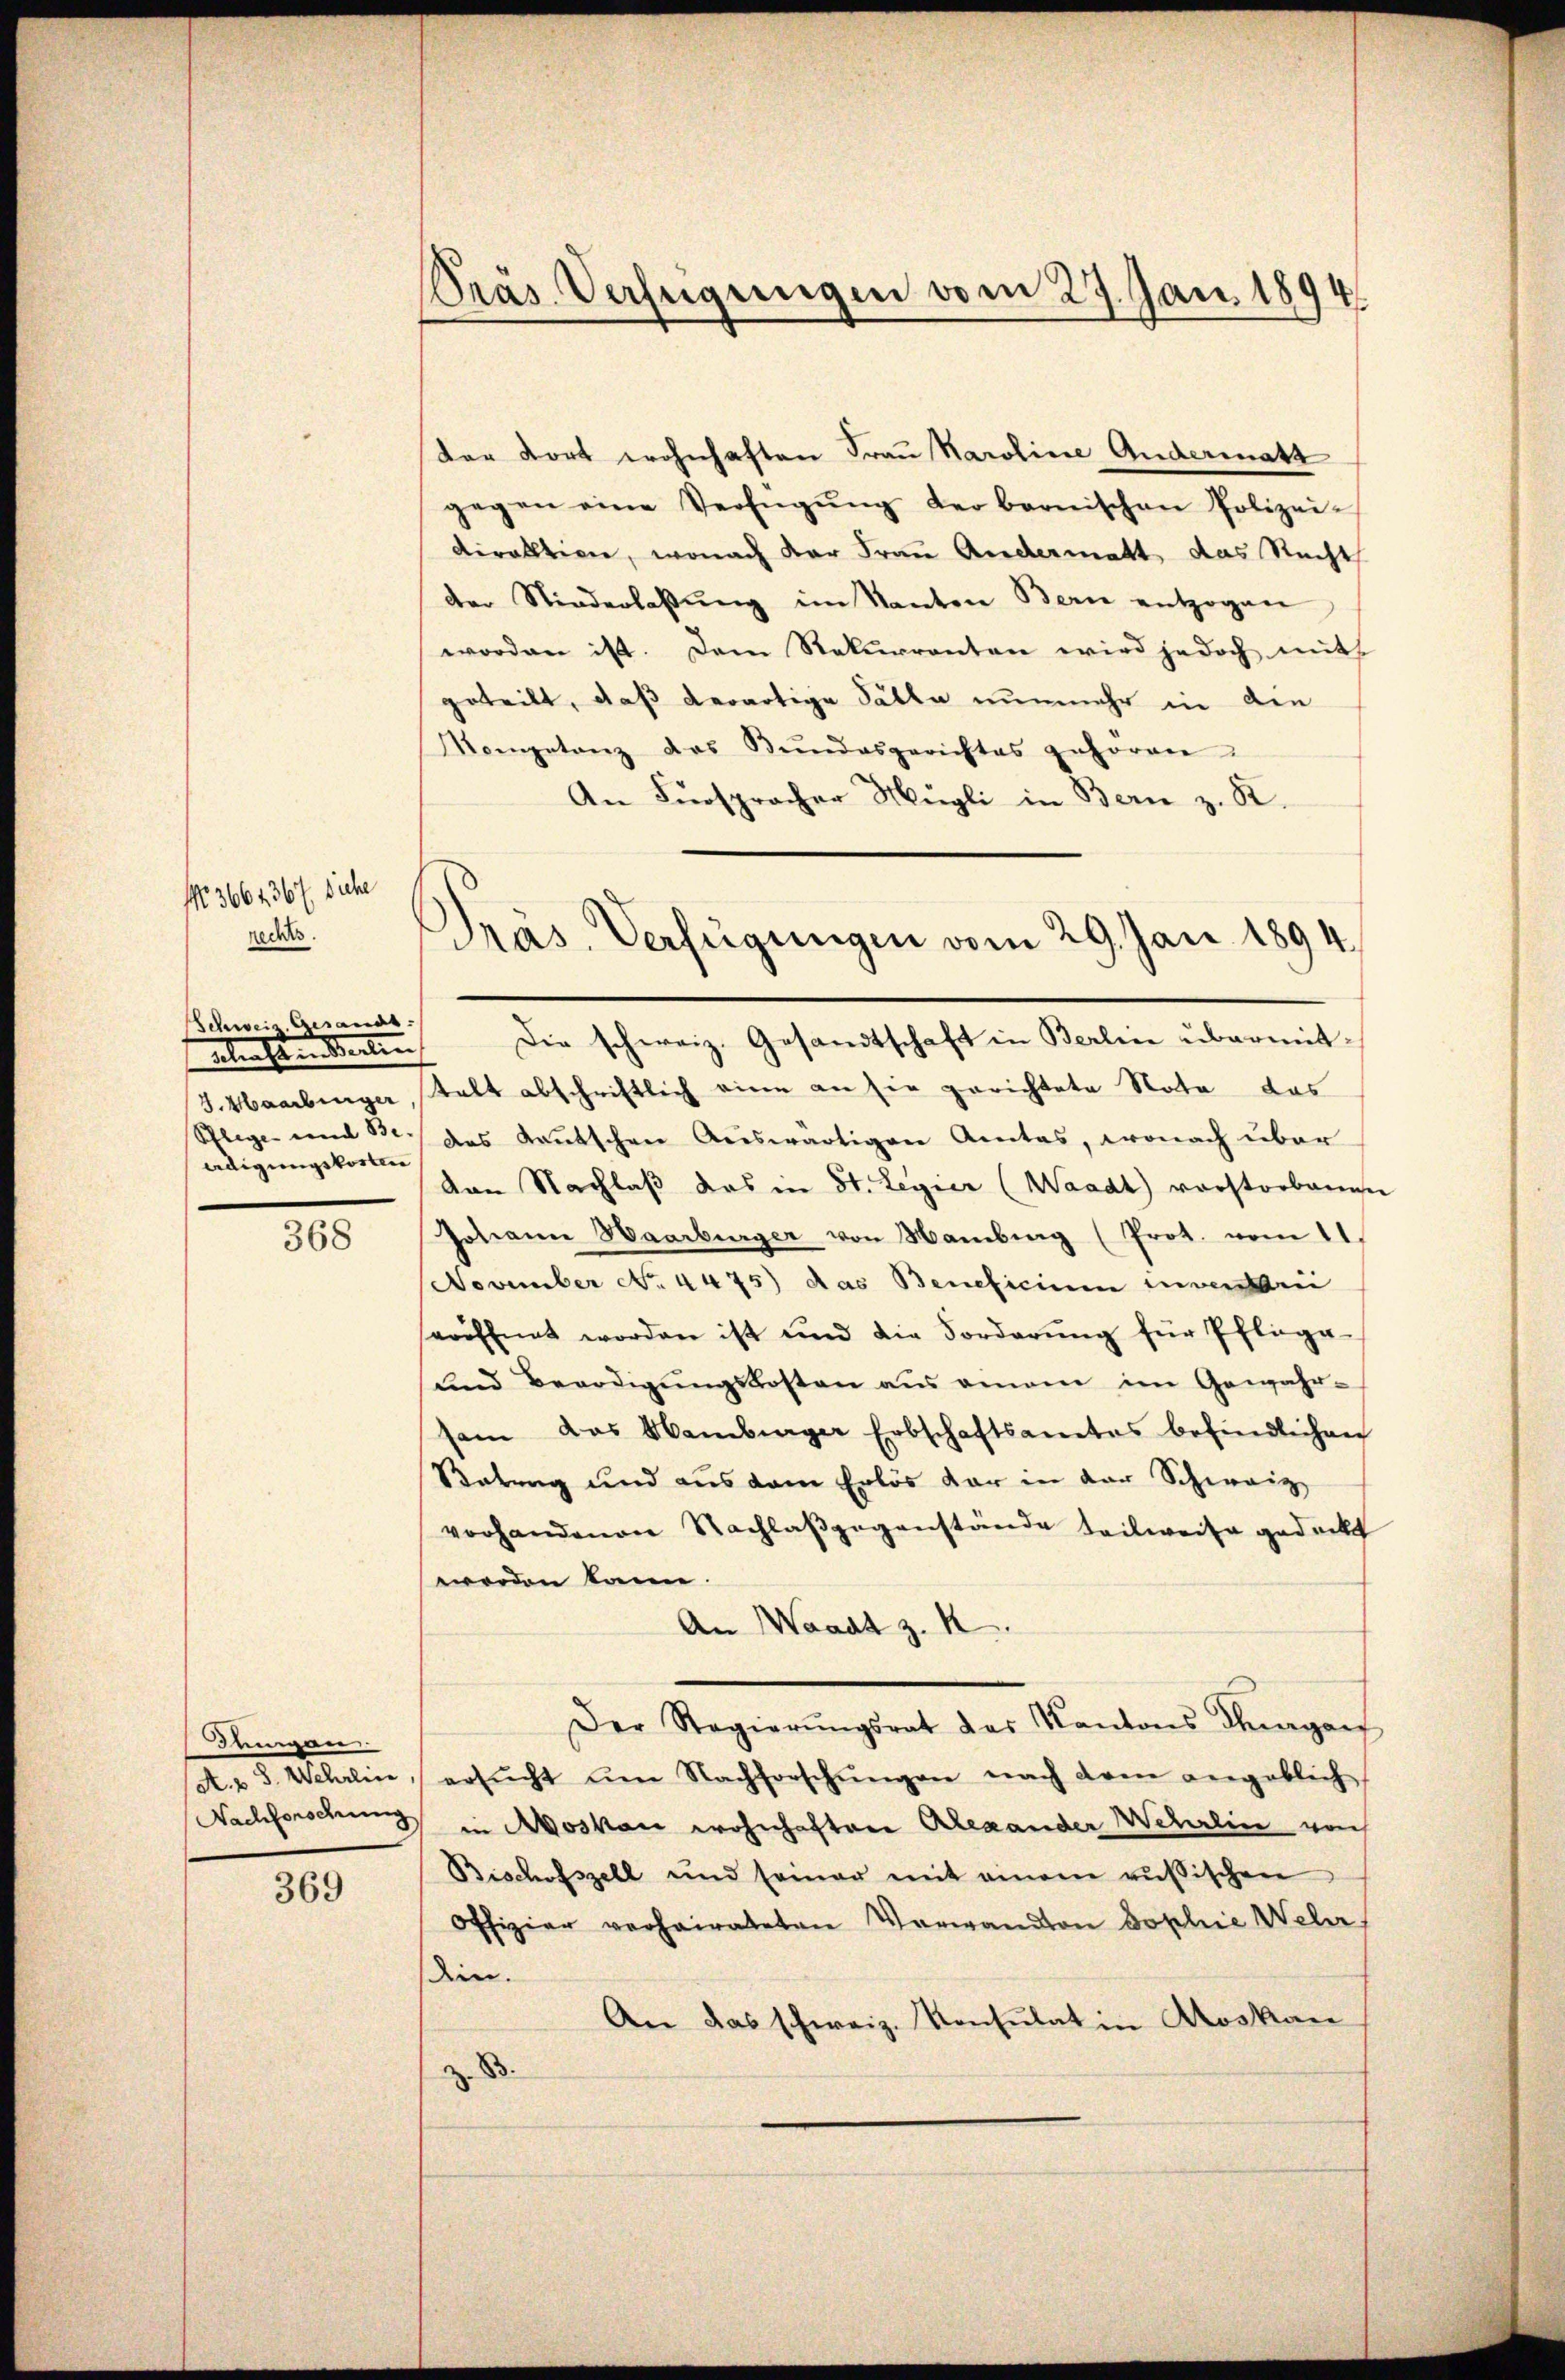
No 3664367 siche
rechts.

Schweiz. Gesandt:
ebersten Seiten
J. Haarbinger
Pflege und Be- |
adigungskosten

368

Jeman
Nachforderung

369

Pras Verfügungen vom 27. Jan. 1894

der dort wohnhaften Frau Karoline Andermatt
gegen eine Verfügŭng der bernischen Polizei-
viraltion, wonach der Frau Andermatt das Recht
der Niederlassŭng im Kanton Bern entzogen
worden ist. Dem Rekurrenten wird jedoch mit
geteilt, daß derartige Sätte nunmehr in den
Kompetanz des Bŭndesgerichtes gehorren
An Fürspracher Mügli in Bern z. B.

Präs. Verfügungen vom 29. Jan. 1894
Die schweiz. Gesandtschaft in Berlin übermit¬

talt abschriftlich eine an sie gerichtete Nota das
des Kautschen Auswärtigen Amtes, wonach über
von Nachlaß das in St. Legier (Waadt) vorstorbenen
Johann Haarburger von Hamburg (Prot. vom 11.
November No. 4475) das Beneficium inventari
seröffnet worden ist und die Forderŭng für Pflega-
und Beerdigŭngskosten aus einem im Gewahr-
sam das Hamburger Erbschaftsamtes befindlichen
Betrag und aus dem Erlös dar in der Schweiz
vorhandenen Nachlaβgegenstände teilweise gedeckt
worden kann
An Waadt z. K
Der Regierŭngsrat des Kantons Thurgan
A. 8. Wehrlin ersŭcht um Nachforschŭngen nach dem angeblich
in Moskau wohnhaftere Alexander Wehrlin von
Bischofszell und seiner mit einem rŭβischen
Offizier verheirateten Verwandton Sophie Weler
den.
An das schweiz. Konsulat in Roskau
z. B.